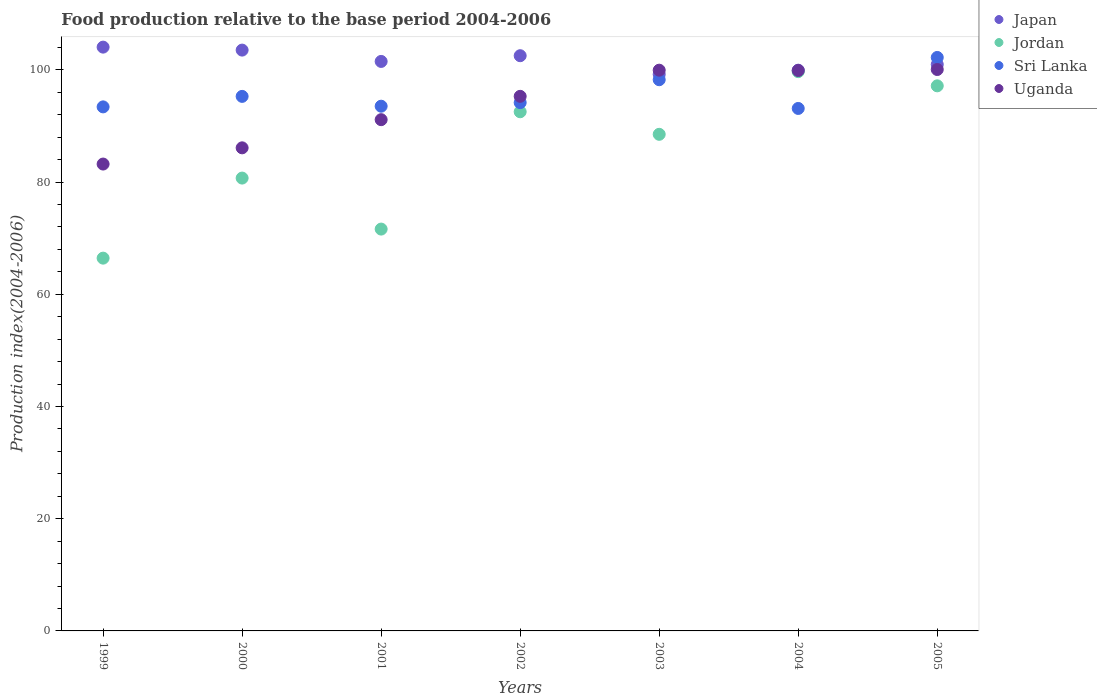
| Years | Japan | Jordan | Sri Lanka | Uganda |
 | --- | --- | --- | --- | --- |
 | 1999 | 104 | 66.4 | 93.4 | 83.2 |
 | 2000 | 104 | 80.7 | 95.3 | 86.1 |
 | 2001 | 102 | 71.6 | 93.5 | 91.1 |
 | 2002 | 103 | 92.5 | 94.2 | 95.3 |
 | 2003 | 99.2 | 88.5 | 98.2 | 99.9 |
 | 2004 | 99.9 | 99.7 | 93.1 | 99.9 |
 | 2005 | 101 | 97.2 | 102 | 100 |